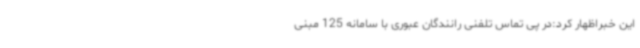
این خبراظهار کرد:در پی تماس تلفنی رانندگان عبوری با سامانه 125 مبنی